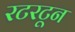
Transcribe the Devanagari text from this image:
रटरटून